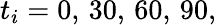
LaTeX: t_{i}=0,\, 30,\, 60,\, 90,